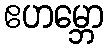
ဧဟမ္ဘော